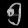
Digit: ၅